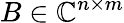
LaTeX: B\in\mathbb{C}^{n\times m}